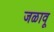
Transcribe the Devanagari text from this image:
जळावू